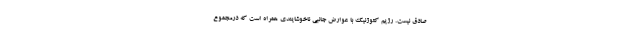
صادق نیست. رژیم کتوژنیک با عوارض جانبی ناخوشایندی همراه است که درمجموع